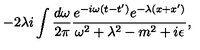
- 2 \lambda i \int \frac { d \omega } { 2 \pi } \frac { e ^ { - i \omega ( t - t ^ { \prime } ) } e ^ { - \lambda ( x + x ^ { \prime } ) } } { \omega ^ { 2 } + \lambda ^ { 2 } - m ^ { 2 } + i \epsilon } ,